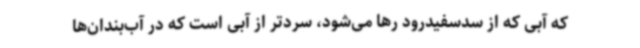
که آبی که از سدسفیدرود رها می‌شود، سردتر از آبی است که در آب‌بندان‌ها